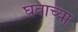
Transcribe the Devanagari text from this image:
घवाच्या